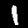
Digit: 1